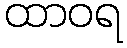
ထာဝရ